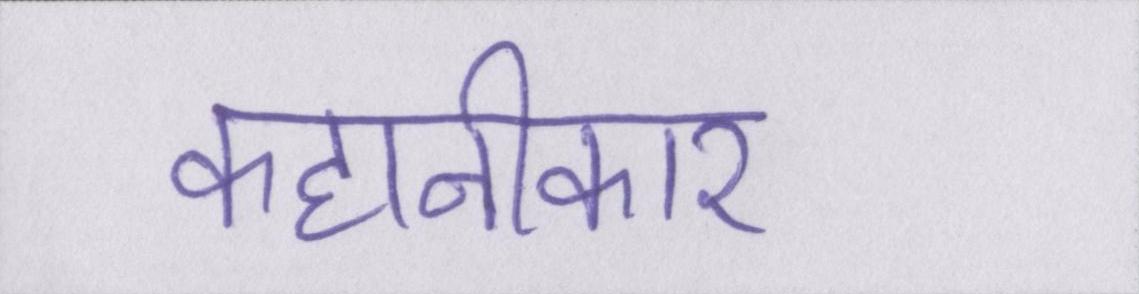
कहानीकार